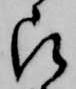
被